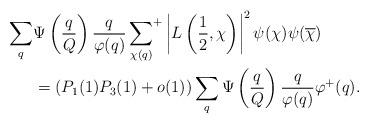
LaTeX: \begin{align*}\sum_{q} &\Psi \left( \frac{q}{Q}\right) \frac{q}{\varphi(q)}\sideset{}{^+}\sum_{\chi(q)} \left| L \left( \frac{1}{2},\chi \right)\right|^2 \psi_{}(\chi) \psi_{}(\overline{\chi}) \\ &= (P_1(1)P_3(1) + o(1))\sum_{q} \Psi \left( \frac{q}{Q}\right) \frac{q}{\varphi(q)} \varphi^+(q). \end{align*}